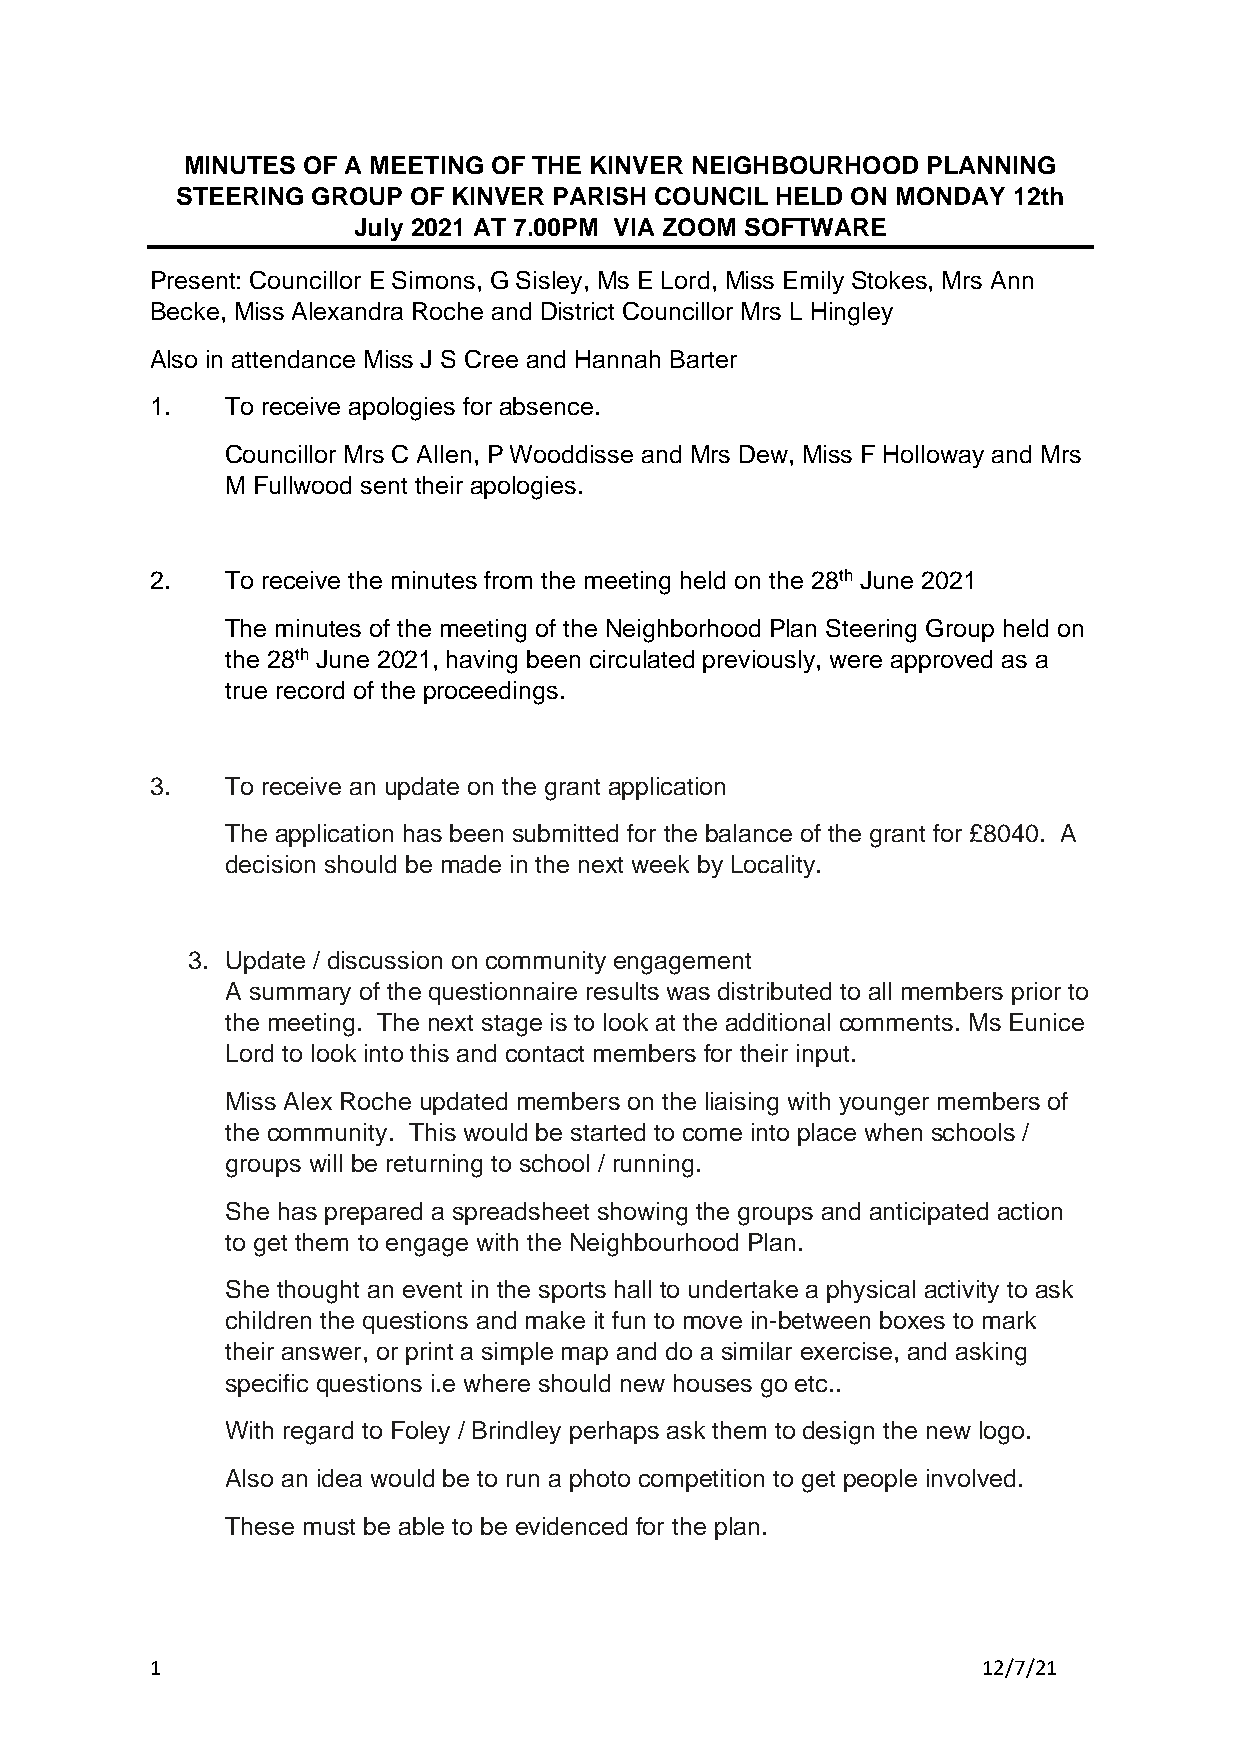
MINUTES OF A MEETING OF THE KINVER NEIGHBOURHOOD PLANNING
 STEERING GROUP OF KINVER PARISH COUNCIL HELD ON MONDAY 12th
 July 2021 AT 7.00PM VIA ZOOM SOFTWARE
 Present: Councillor E Simons, G Sisley, Ms E Lord, Miss Emily Stokes, Mrs Ann
 Becke, Miss Alexandra Roche and District Councillor Mrs L Hingley
 Also in attendance Miss J S Cree and Hannah Barter
 1.   To receive apologies for absence.
 Councillor Mrs C Allen, P Wooddisse and Mrs Dew, Miss F Holloway and Mrs
 M Fullwood sent their apologies.
 2.   To receive the minutes from the meeting held on the 28th June 2021
 The minutes of the meeting of the Neighborhood Plan Steering Group held on
 the 28th June 2021, having been circulated previously, were approved as a
 true record of the proceedings.
 3.   To receive an update on the grant application
 The application has been submitted for the balance of the grant for £8040. A
 decision should be made in the next week by Locality.
 3. Update / discussion on community engagement
 A summary of the questionnaire results was distributed to all members prior to
 the meeting. The next stage is to look at the additional comments. Ms Eunice
 Lord to look into this and contact members for their input.
 Miss Alex Roche updated members on the liaising with younger members of
 the community. This would be started to come into place when schools /
 groups will be returning to school / running.
 She has prepared a spreadsheet showing the groups and anticipated action
 to get them to engage with the Neighbourhood Plan.
 She thought an event in the sports hall to undertake a physical activity to ask
 children the questions and make it fun to move in-between boxes to mark
 their answer, or print a simple map and do a similar exercise, and asking
 specific questions i.e where should new houses go etc..
 With regard to Foley / Brindley perhaps ask them to design the new logo.
 Also an idea would be to run a photo competition to get people involved.
 These must be able to be evidenced for the plan.
 1                                                      12/7/21